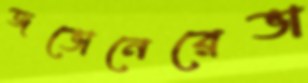
জভোনেরেভা